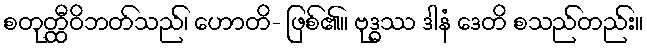
စတုတ္ထီဝိဘတ်သည်၊ ဟောတိ- ဖြစ်၏။ ဗုဒ္ဓဿ ဒါနံ ဒေတိ စသည်တည်း။